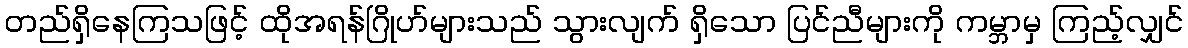
တည်ရှိနေကြသဖြင့် ထိုအရန်ဂြိုဟ်များသည် သွားလျက် ရှိသော ပြင်ညီများကို ကမ္ဘာမှ ကြည့်လျှင်